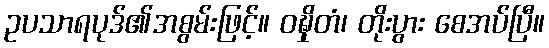
ဥပသာရပုဒ်၏အစွမ်းဖြင့်။ ဝဍ္ဎှိတံ၊ တိုးပွား စေအပ်ပြီ။